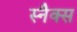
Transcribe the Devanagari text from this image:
स्‍नैक्‍स